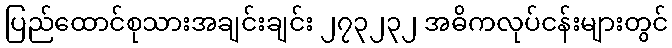
ပြည်ထောင်စုသားအချင်းချင်း ၂၇၃၂၃၂ အဓိကလုပ်ငန်းများတွင်